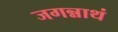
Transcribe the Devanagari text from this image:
जगन्नाथं